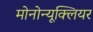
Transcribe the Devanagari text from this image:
मोनोन्यूक्लियर